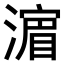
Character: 𣾉